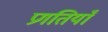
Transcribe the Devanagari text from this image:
प्रगतियाँ